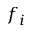
f _ { i }